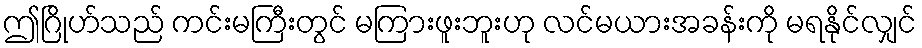
ဤဂြိုဟ်သည် ကင်းမကြီးတွင် မကြားဖူးဘူးဟု လင်မယားအခန်းကို မရနိုင်လျှင်